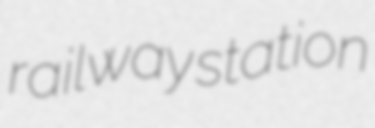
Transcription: railway station